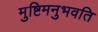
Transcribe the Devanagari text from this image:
मुष्टिमनुभवति